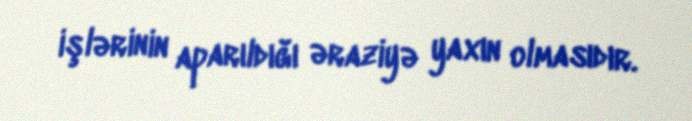
işlərinin aparıldığı əraziyə yaxın olmasıdır.